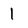
Character: 1